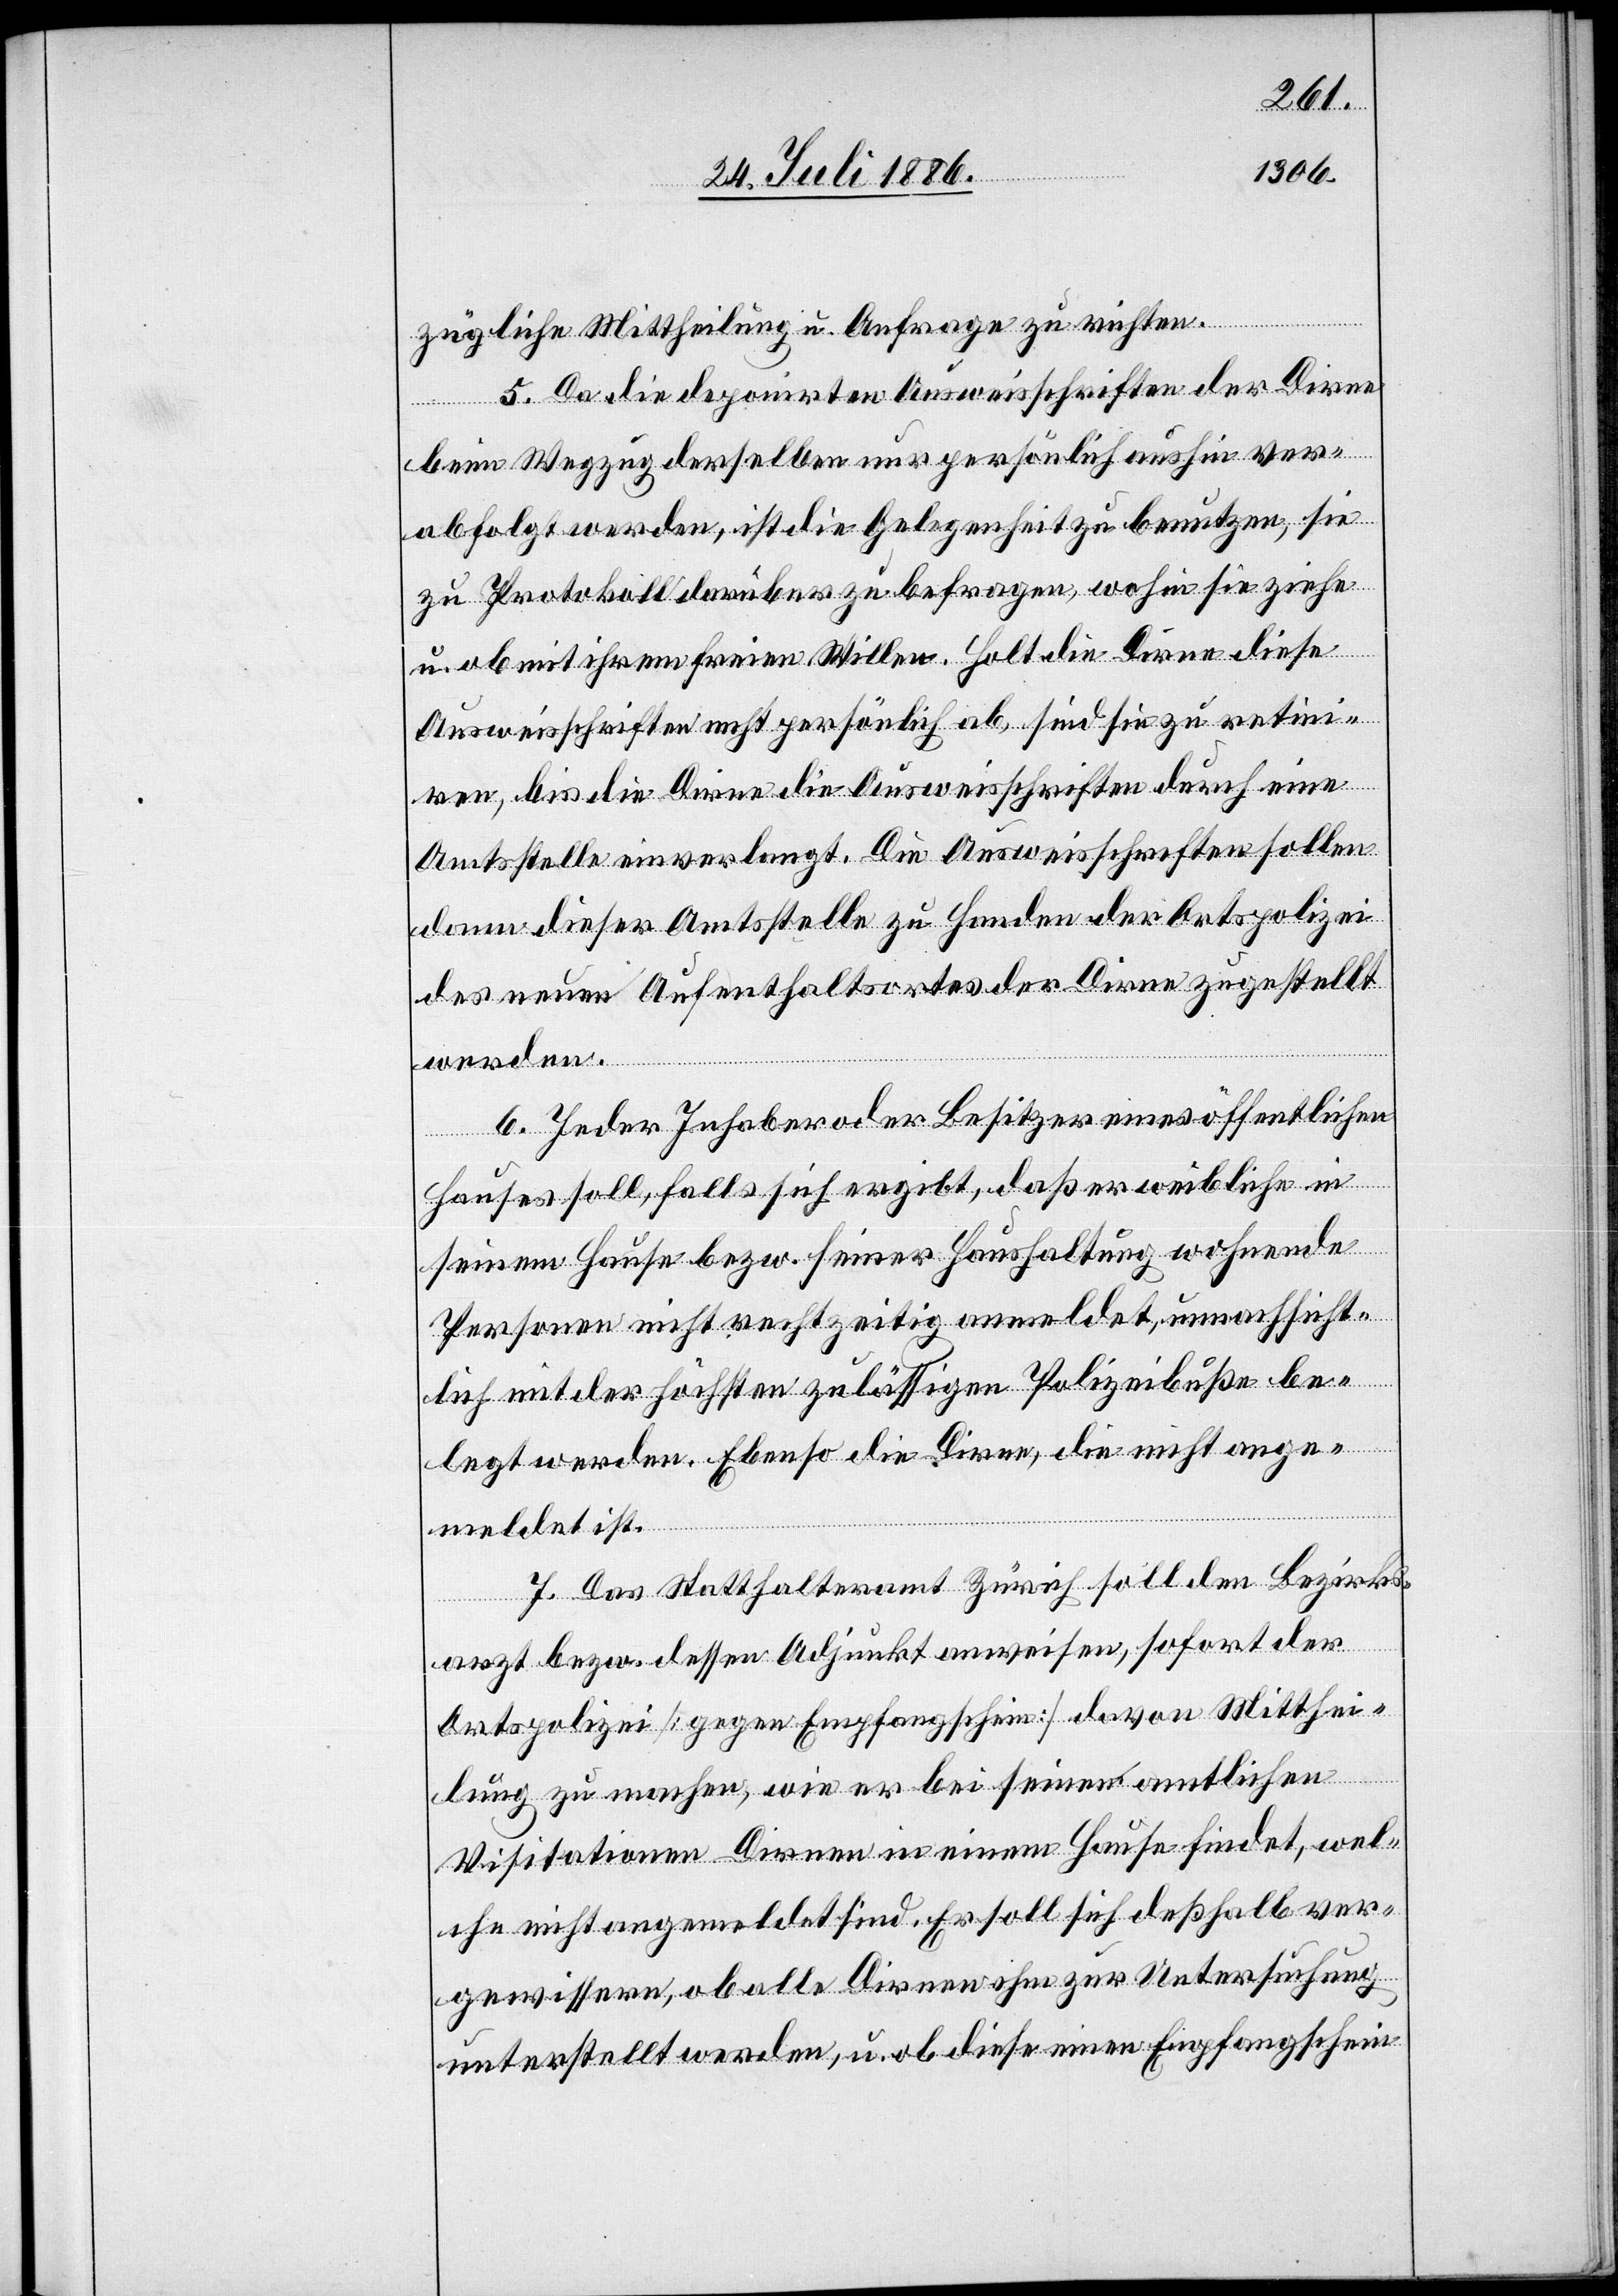
zügliche Mittheilung u. Anfrage zu richten.
5. Da die deponirten Ausweisschriften der Dirne
beim Wegzug derselben nur persönlich aushin ver¬
abfolgt werden, ist die Gelegenheit zu benutzen, sie
zu Protokoll darüber zu befragen, wohin sie ziehe
u. ob mit ihrem freien Willen. Holt die Dirne diese
Ausweisschriften nicht persönlich ab, sind sie zu retini¬
ren, bis die Dirne die Ausweisschriften durch eine
Amtsstelle einverlangt. Die Ausweisschriften sollen
dann dieser Amtsstelle zu Handen der Ortspolizei
des neuen Aufenthaltsortes der Dirne zugestellt
werden.
6. Jeder Inhaber oder Besitzer eines öffentlichen
Hauses soll, falls sich ergibt, daß er weibliche in
seinem Hause bezw. seiner Haushaltung wohnende
Personen nicht rechtzeitig anmeldet, unnachsicht¬
lich mit der höchsten zulässigen Polizeibuße be¬
legt werden. Ebenso die Dirne, die nicht ange¬
meldet ist.
7. Das Statthalteramt Zürich soll den Bezirks¬
arzt bezw. dessen Adjunkt anweisen, sofort der
Ortspolizei [gegen Empfangschein] davon Mitthei¬
lung zu machen, wie er bei seinen amtlichen
Visitationen Dirnen in einem Hause findet, wel¬
che nicht angemeldet sind. Er soll sich deßhalb ver¬
gewissern, ob alle Dirnen ihm zur Untersuchung
unterstellt werden, u. ob diese einen Empfangschein